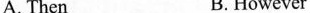
A. Then B. However